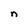
Character: n